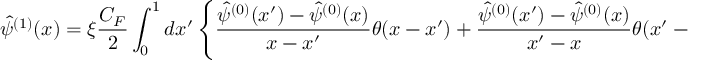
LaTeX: \hat { \psi } ^ { ( 1 ) } ( x ) = \xi { \frac { C _ { F } } { 2 } } \int _ { 0 } ^ { 1 } d x ^ { \prime } \left\{ { \frac { \hat { \psi } ^ { ( 0 ) } ( x ^ { \prime } ) - \hat { \psi } ^ { ( 0 ) } ( x ) } { x - x ^ { \prime } } } \theta ( x - x ^ { \prime } ) + { \frac { \hat { \psi } ^ { { ( 0 ) } } ( x ^ { \prime } ) - \hat { \psi } ^ { ( 0 ) } ( x ) } { x ^ { \prime } - x } } \theta ( x ^ { \prime } - x ) \right\} ,